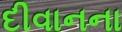
દીવાનના